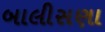
બાલીસણા